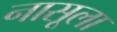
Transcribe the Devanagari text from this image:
नासूला